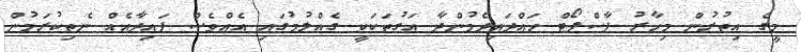
މީގެ އިތުރުން މިހާރު ޕާސްޕޯޓް ހައްދައިދެމުންދާ އަގުތަކަކީ ގެއްލުމުގައި އެއްވެސް ފައިދާއެއް ނެތިކުރަމުން